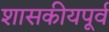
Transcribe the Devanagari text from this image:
शासकीयपूर्व